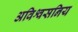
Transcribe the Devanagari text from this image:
अविश्वसनिय